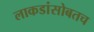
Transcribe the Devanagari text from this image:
लाकडांसोबतच